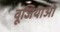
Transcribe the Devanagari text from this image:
वूजियाओ